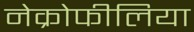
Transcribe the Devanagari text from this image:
नेक्रोफीलिया